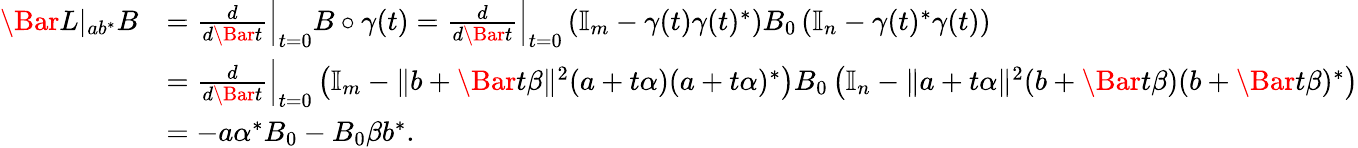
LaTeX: \begin{array}{rl}{\Bar L|_{ab^{\ast}}B}&{=\frac{d}{d\Bar t}\Big|_{t=0}B\circ\gamma(t)=\frac{d}{d\Bar t}\Big|_{t=0}\left(\mathbb{I}_{m}-\gamma(t)\gamma(t)^{\ast}\right)B_{0}\left(\mathbb{I}_{n}-\gamma(t)^{\ast}\gamma(t)\right)}\\ &{=\frac{d}{d\Bar t}\Big|_{t=0}\left(\mathbb{I}_{m}-\lVert b+\Bar t\beta\rVert^{2}(a+t\alpha)(a+t\alpha)^{\ast}\right)B_{0}\left(\mathbb{I}_{n}-\lVert a+t\alpha\rVert^{2}(b+\Bar t\beta)(b+\Bar t\beta)^{\ast}\right)}\\ &{=-a\alpha^{\ast}B_{0}-B_{0}\beta b^{\ast}.}\end{array}